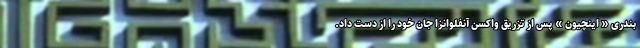
بندری « اینچیون » پس از تزریق واکسن آنفلوانزا جان خود را از دست داد.